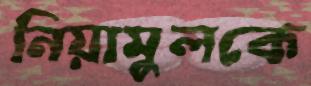
নিয়ামুলকে